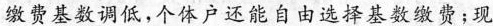
缴费基数调低，个体户还能自由选择基数缴费；现